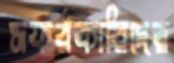
সফরকারিদের